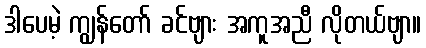
ဒါပေမဲ့ ကျွန်တော် ခင်ဗျား အကူအညီ လိုတယ်ဗျာ။